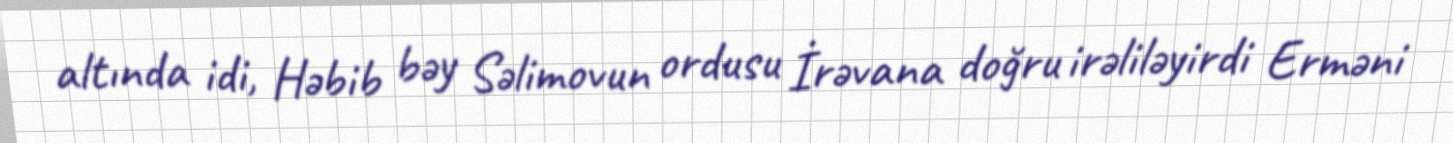
altında idi, Həbib bəy Səlimovun ordusu İrəvana doğru irəliləyirdi Erməni